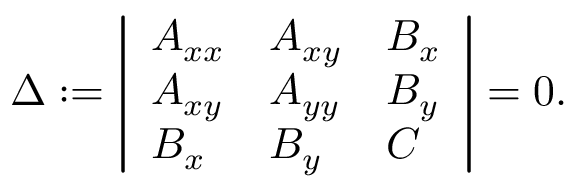
\Delta : = { \left| \begin{array} { l l l } { A _ { x x } } & { A _ { x y } } & { B _ { x } } \\ { A _ { x y } } & { A _ { y y } } & { B _ { y } } \\ { B _ { x } } & { B _ { y } } & { C } \end{array} \right| } = 0 .